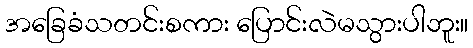
အခြေခံသတင်းစကား ပြောင်းလဲမသွားပါဘူး။